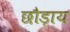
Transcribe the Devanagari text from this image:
छौड़ाय